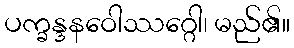
ပက္ခန္ဒနဝေါဿဂ္ဂေါ၊ မည်၏။